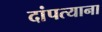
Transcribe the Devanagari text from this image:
दांपत्याना